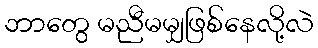
ဘာတွေ မညီမမျှဖြစ်နေလို့လဲ